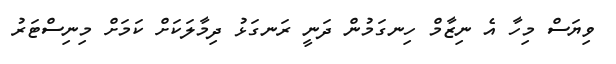
ވިޔަސް މިހާ އެ ނިޒާމް ހިނގަމުން ދަނީ ރަނގަޅު ދިމާލަކަށް ކަމަށް މިނިސްޓަރު